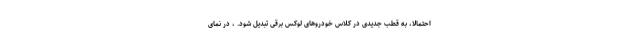
احتمالا، به قطب جدیدی در کلاس خودروهای لوکس برقی تبدیل شود. ، در نمای